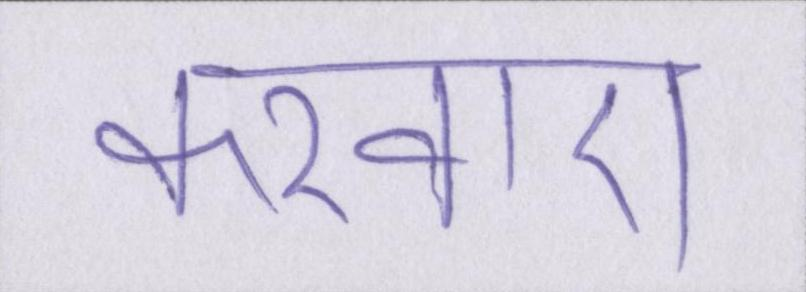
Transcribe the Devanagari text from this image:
करवाए